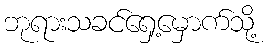
ဘုရားသခင်ရှေ့မှောက်သို့